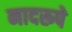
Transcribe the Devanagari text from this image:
नादरूपे